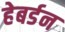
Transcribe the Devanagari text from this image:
हेबर्डन